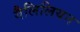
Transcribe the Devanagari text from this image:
गैलिलियन